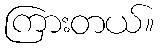
ကြားတယ်။